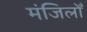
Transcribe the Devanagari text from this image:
मंजिलोँ